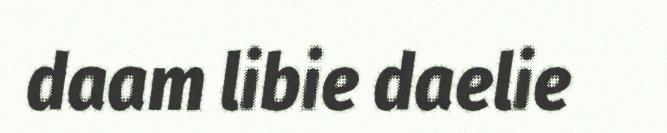
daam libie daelie